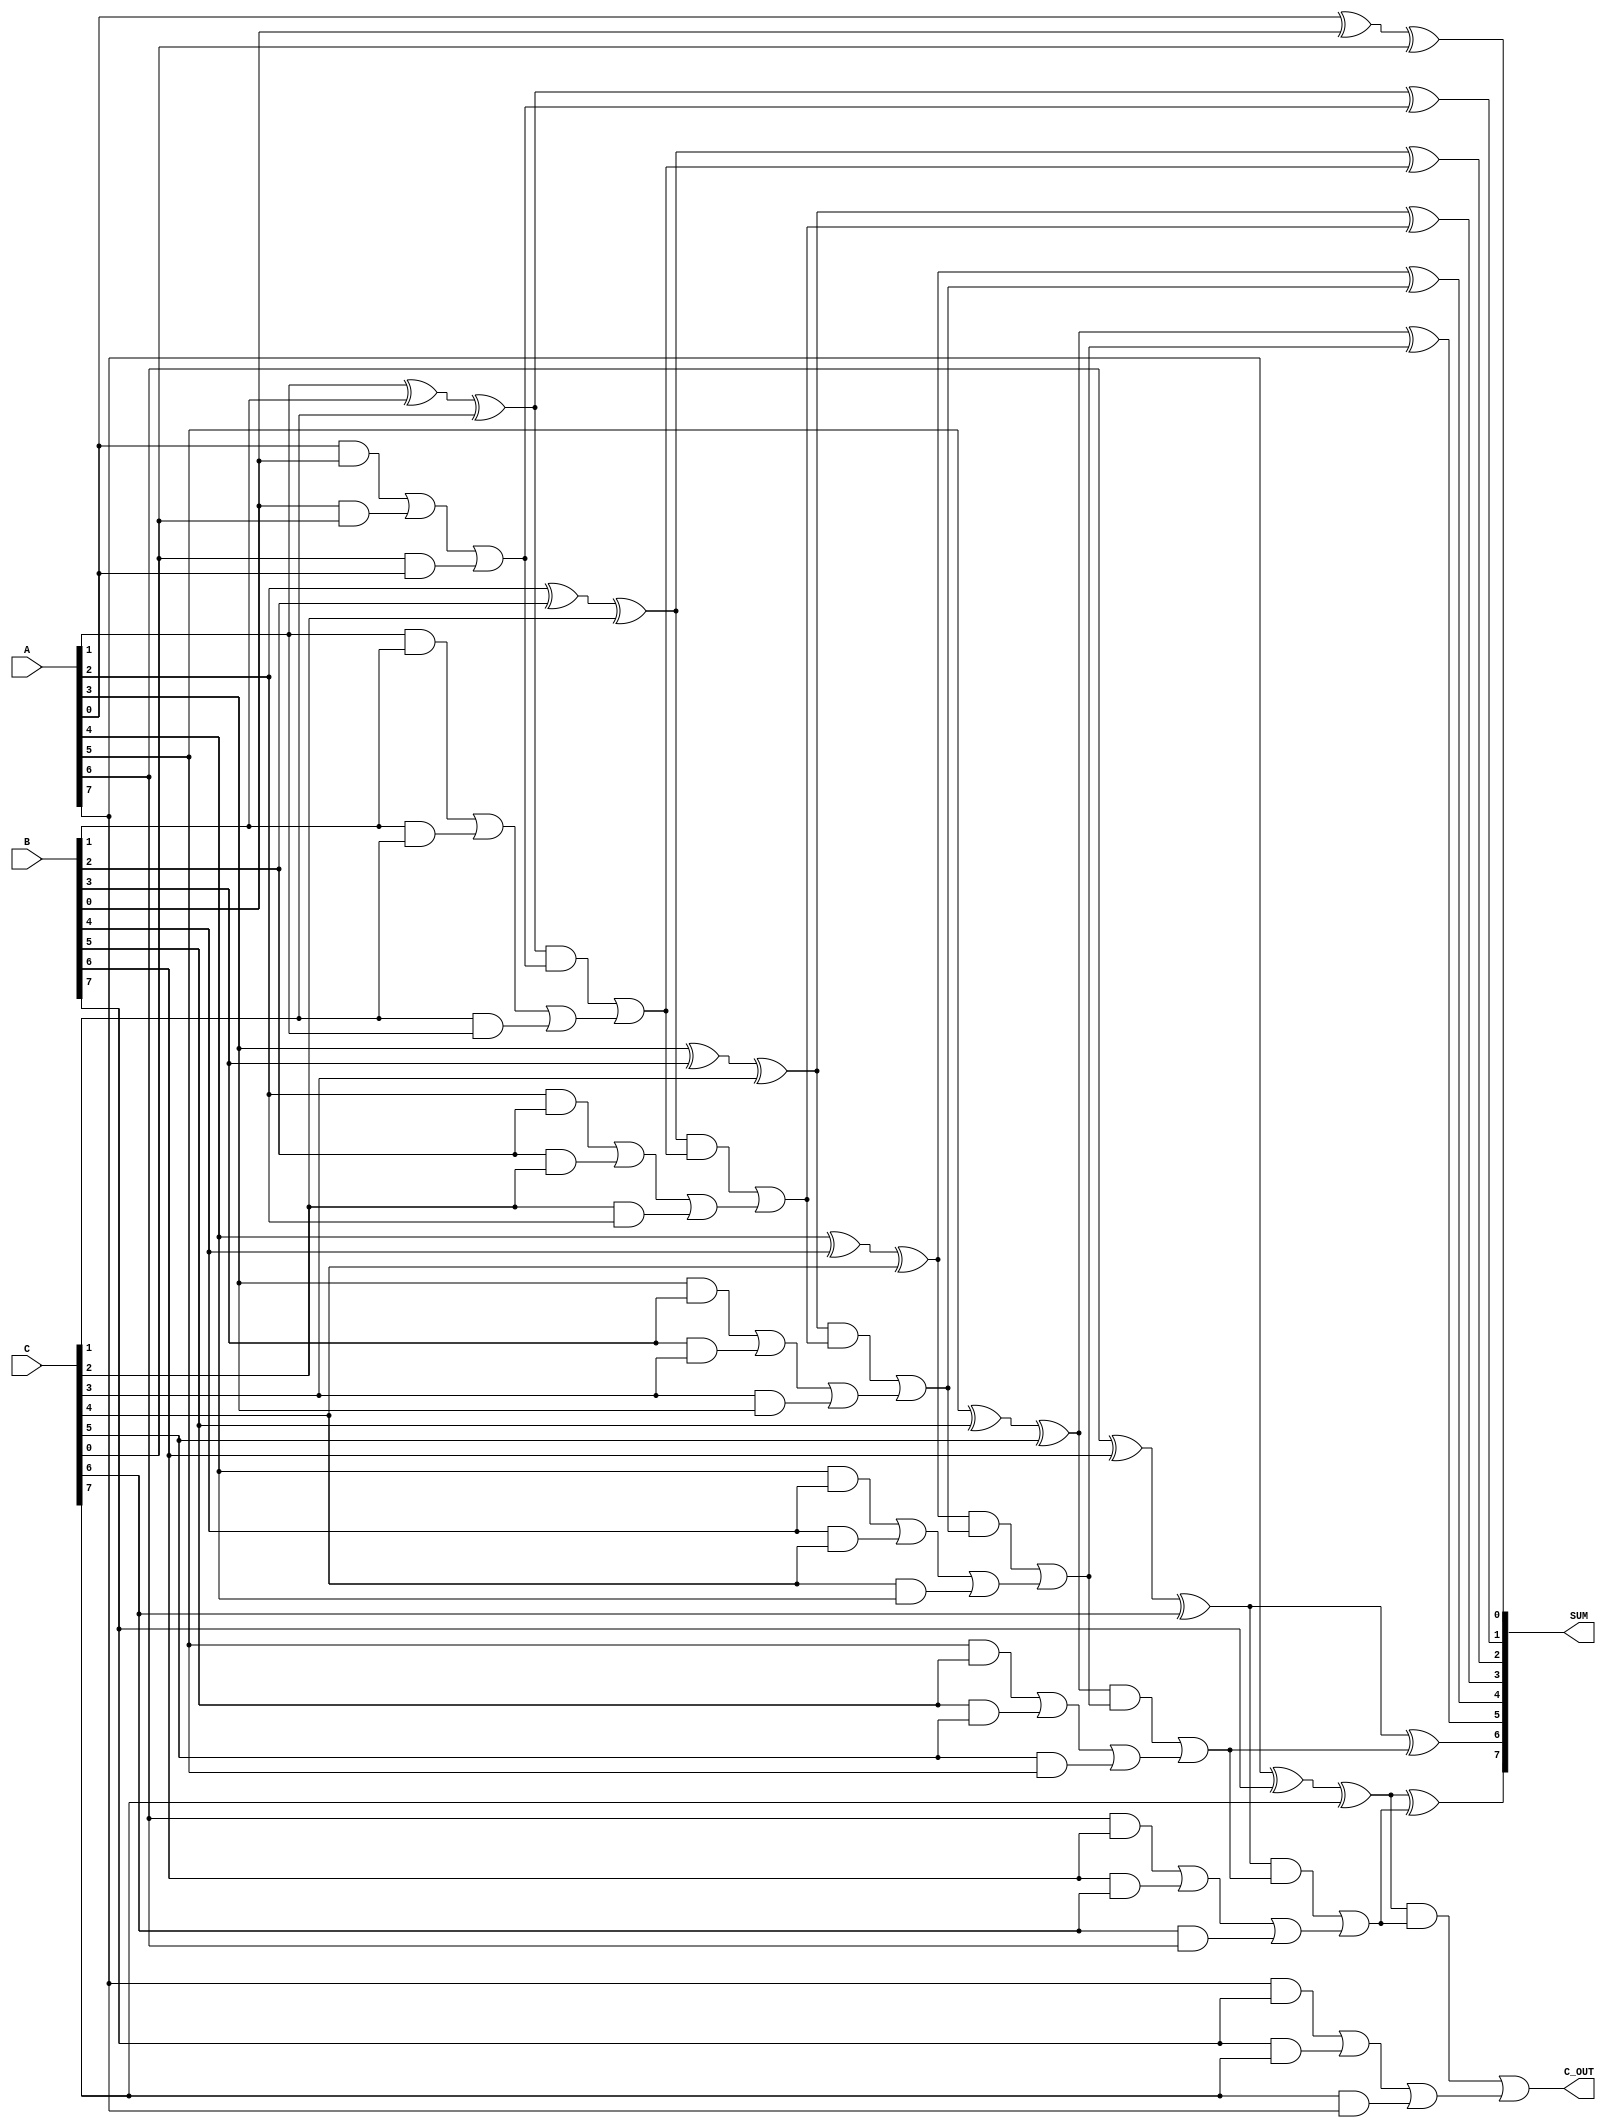
module CarrySaveAdder #(parameter BIT_WIDTH = 8)(
    input [BIT_WIDTH-1:0] A,
    input [BIT_WIDTH-1:0] B,
    input [BIT_WIDTH-1:0] C,
    output [BIT_WIDTH-1:0] SUM,
    output C_OUT
);

// Intermediate wires for partial sums and carries
wire [BIT_WIDTH-1:0] partial_sum;
wire [BIT_WIDTH-1:0] carry;

// Generate partial sums and carries
genvar i;
generate
    for (i = 0; i < BIT_WIDTH; i = i + 1) begin : CSA
        assign partial_sum[i] = A[i] ^ B[i] ^ C[i];    // XOR for partial sum
        assign carry[i] = (A[i] & B[i]) | (B[i] & C[i]) | (C[i] & A[i]); // AND for carry
    end
endgenerate

// Carry Propagation stage
wire [BIT_WIDTH-1:0] final_sum;
wire [BIT_WIDTH:0] carry_prop; // Extra bit for carry out propagation
assign carry_prop[0] = 1'b0; // Initial carry input is 0

// Propagate carry using full adders
generate
    for (i = 0; i < BIT_WIDTH; i = i + 1) begin : CPA
        wire full_sum, full_carry;
        assign full_sum = partial_sum[i] ^ carry_prop[i];      // Final sum bit
        assign full_carry = (partial_sum[i] & carry_prop[i]);  // Carry out from this bit
        
        assign final_sum[i] = full_sum;
        assign carry_prop[i+1] = full_carry | carry[i]; // Incoming carry for the next bit
    end
endgenerate

assign SUM = final_sum;        // Final sum output
assign C_OUT = carry_prop[BIT_WIDTH]; // Carry out signal

endmodule